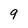
Character: 9